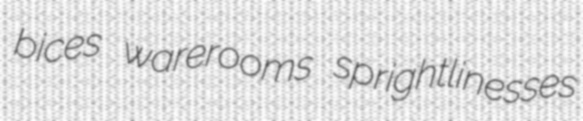
bices warerooms sprightlinesses